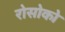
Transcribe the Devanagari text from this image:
रोसोको